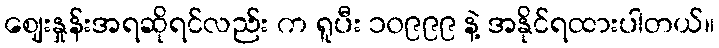
ဈေးနှုန်းအရဆိုရင်လည်း က ရူပီး ၁၀၉၉၉ နဲ့ အနိုင်ရထားပါတယ်။